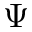
\Psi